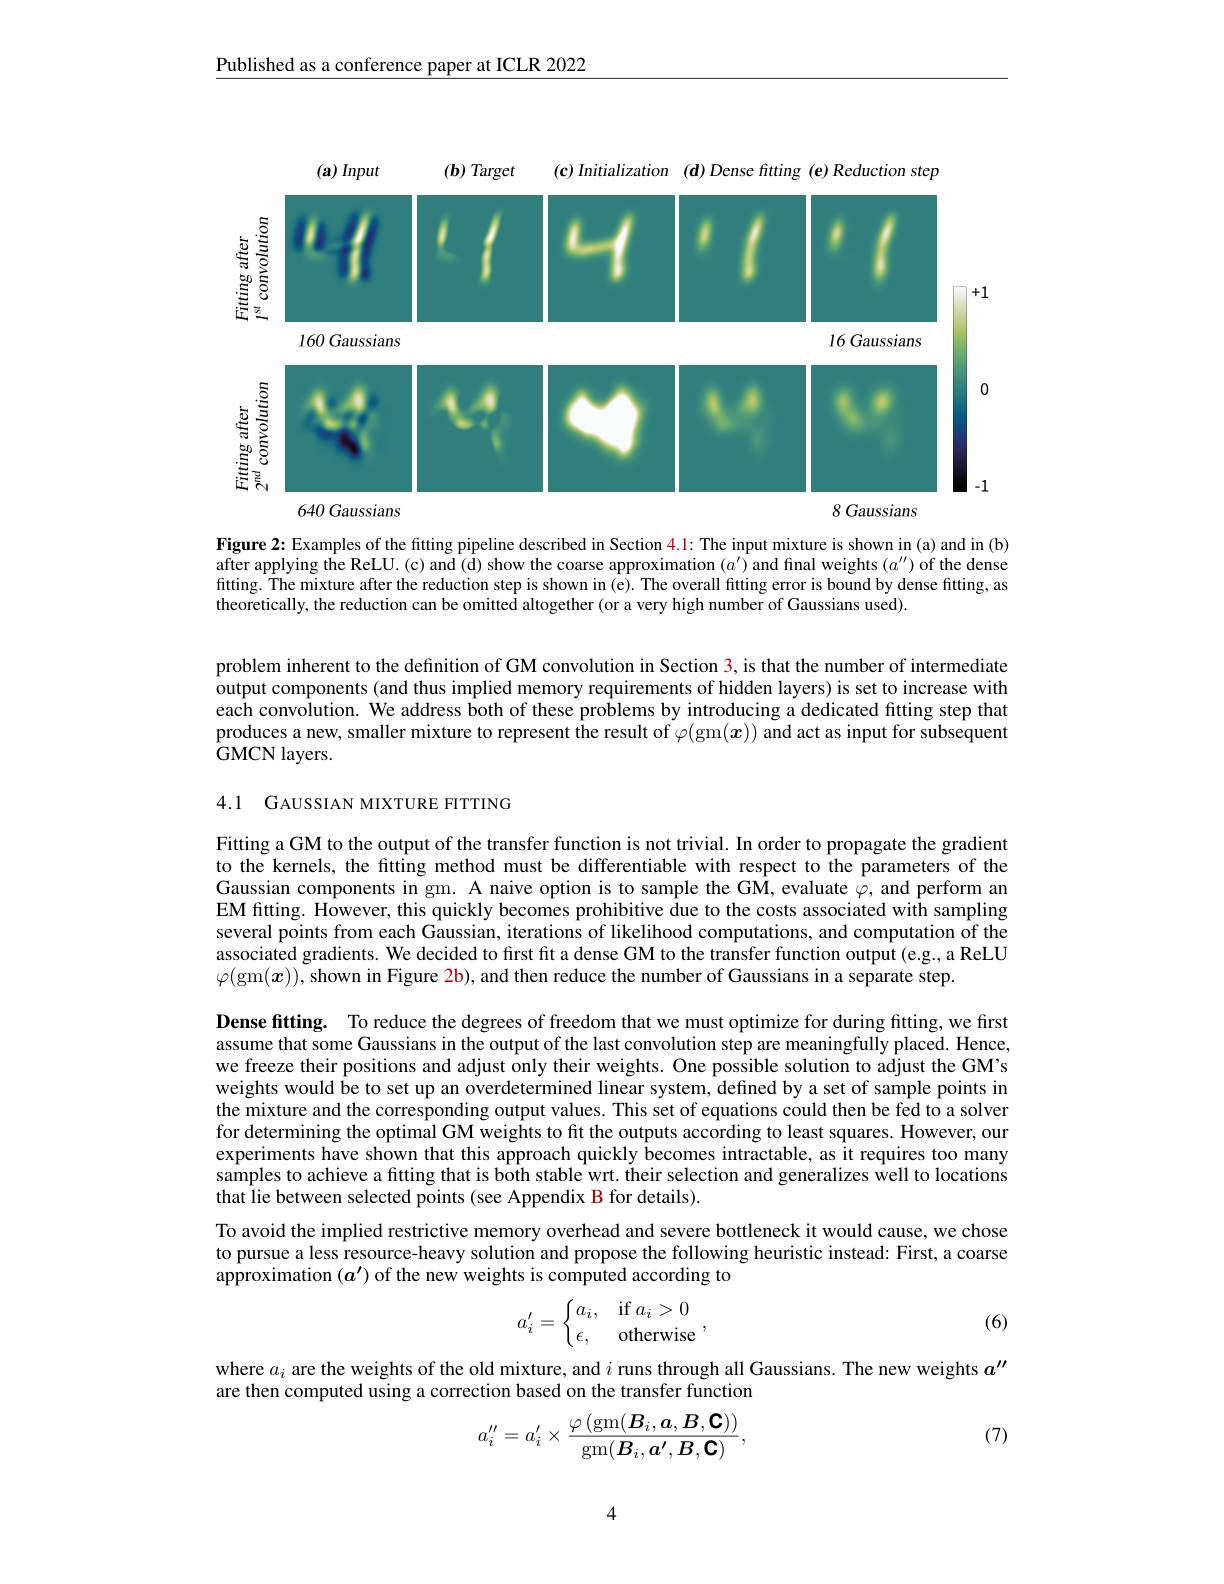
Published as a conference paper at ICLR 2022

<FigureHere>

Figure 2: Examples of the fitting pipeline described in Section 4.1: The input mixture is shown in (a) and in (b) after applying the ReLU. (c) and (d) show the coarse approximation $(a^\prime)$ and final weights $(a^{\prime\prime})$ of the dense fitting. The mixture after the reduction step is shown in (e). The overall fitting error is bound by dense fitting, as theoretically, the reduction can be omitted altogether (or a very high number of Gaussians used).

problem inherent to the definition of GM convolution in Section 3, is that the number of intermediate output components (and thus implied memory requirements of hidden layers) is set to increase with each convolution. We address both of these problems by introducing a dedicated fitting step that produces a new, smaller mixture to represent the result of $\dot{\varphi}($gm$(x))\tilde{\text{and act as input for subsequent}}$ GMCN layers.

4.1 GAUSSIAN MIXTURE FITTING

Fitting a GM to the output of the transfer function is not trivial. In order to propagate the gradient to the kernels, the fitting method must be differentiable with respect to the parameters of the Gaussian components in gm. A naive option is to sample the GM, evaluate $\varphi$, and perform an EM fitting. However, this quickly becomes prohibitive due to the costs associated with sampling several points from each Gaussian, iterations of likelihood computations, and computation of the associated gradients. We decided to first fit a dense GM to the transfer function output (e.g., a ReLU $\varphi($gm$(\boldsymbol x))$,shown in Figure 2b), and then reduce the number of Gaussians in a separate step.

Dense fitting. To reduce the degrees of freedom that we must optimize for during fitting, we first assume that some Gaussians in the output of the last convolution step are meaningfully placed. Hence, we freeze their positions and adjust only their weights. One possible solution to adjust the GM's weights would be to set up an overdetermined linear system, defined by a set of sample points in the mixture and the corresponding output values. This set of equations could then be fed to a solver for determining the optimal GM weights to fit the outputs according to least squares. However, our experiments have shown that this approach quickly becomes intractable, as it requires too many samples to achieve a fitting that is both stable wrt. their selection and generalizes well to locations that lie between selected points (see Appendix B for details).
To avoid the implied restrictive memory overhead and severe bottleneck it would cause, we chose

to pursue a less resource-heavy solution and propose the following heuristic instead: First, a coarse
approximation $(a^\prime)$ of the new weights is computed according to
$$a_i'=\left\{\begin{matrix}a_i,&\text{if}a_i>0\\\epsilon,&\text{otherwise}\end{matrix}\right.,$$
(6)

where $a_i$ are the weights of the old mixture, and $i$ runs through all Gaussians. The new weights $a^{\prime\prime}$
are then computed using a correction based on the transfer function

(7)
$$a_i''=a_i'\times\frac{\varphi\left(\mathrm{gm}(B_i,a,B,\mathsf{C})\right)}{\mathrm{gm}(B_i,a',B,\mathsf{C})},$$
4